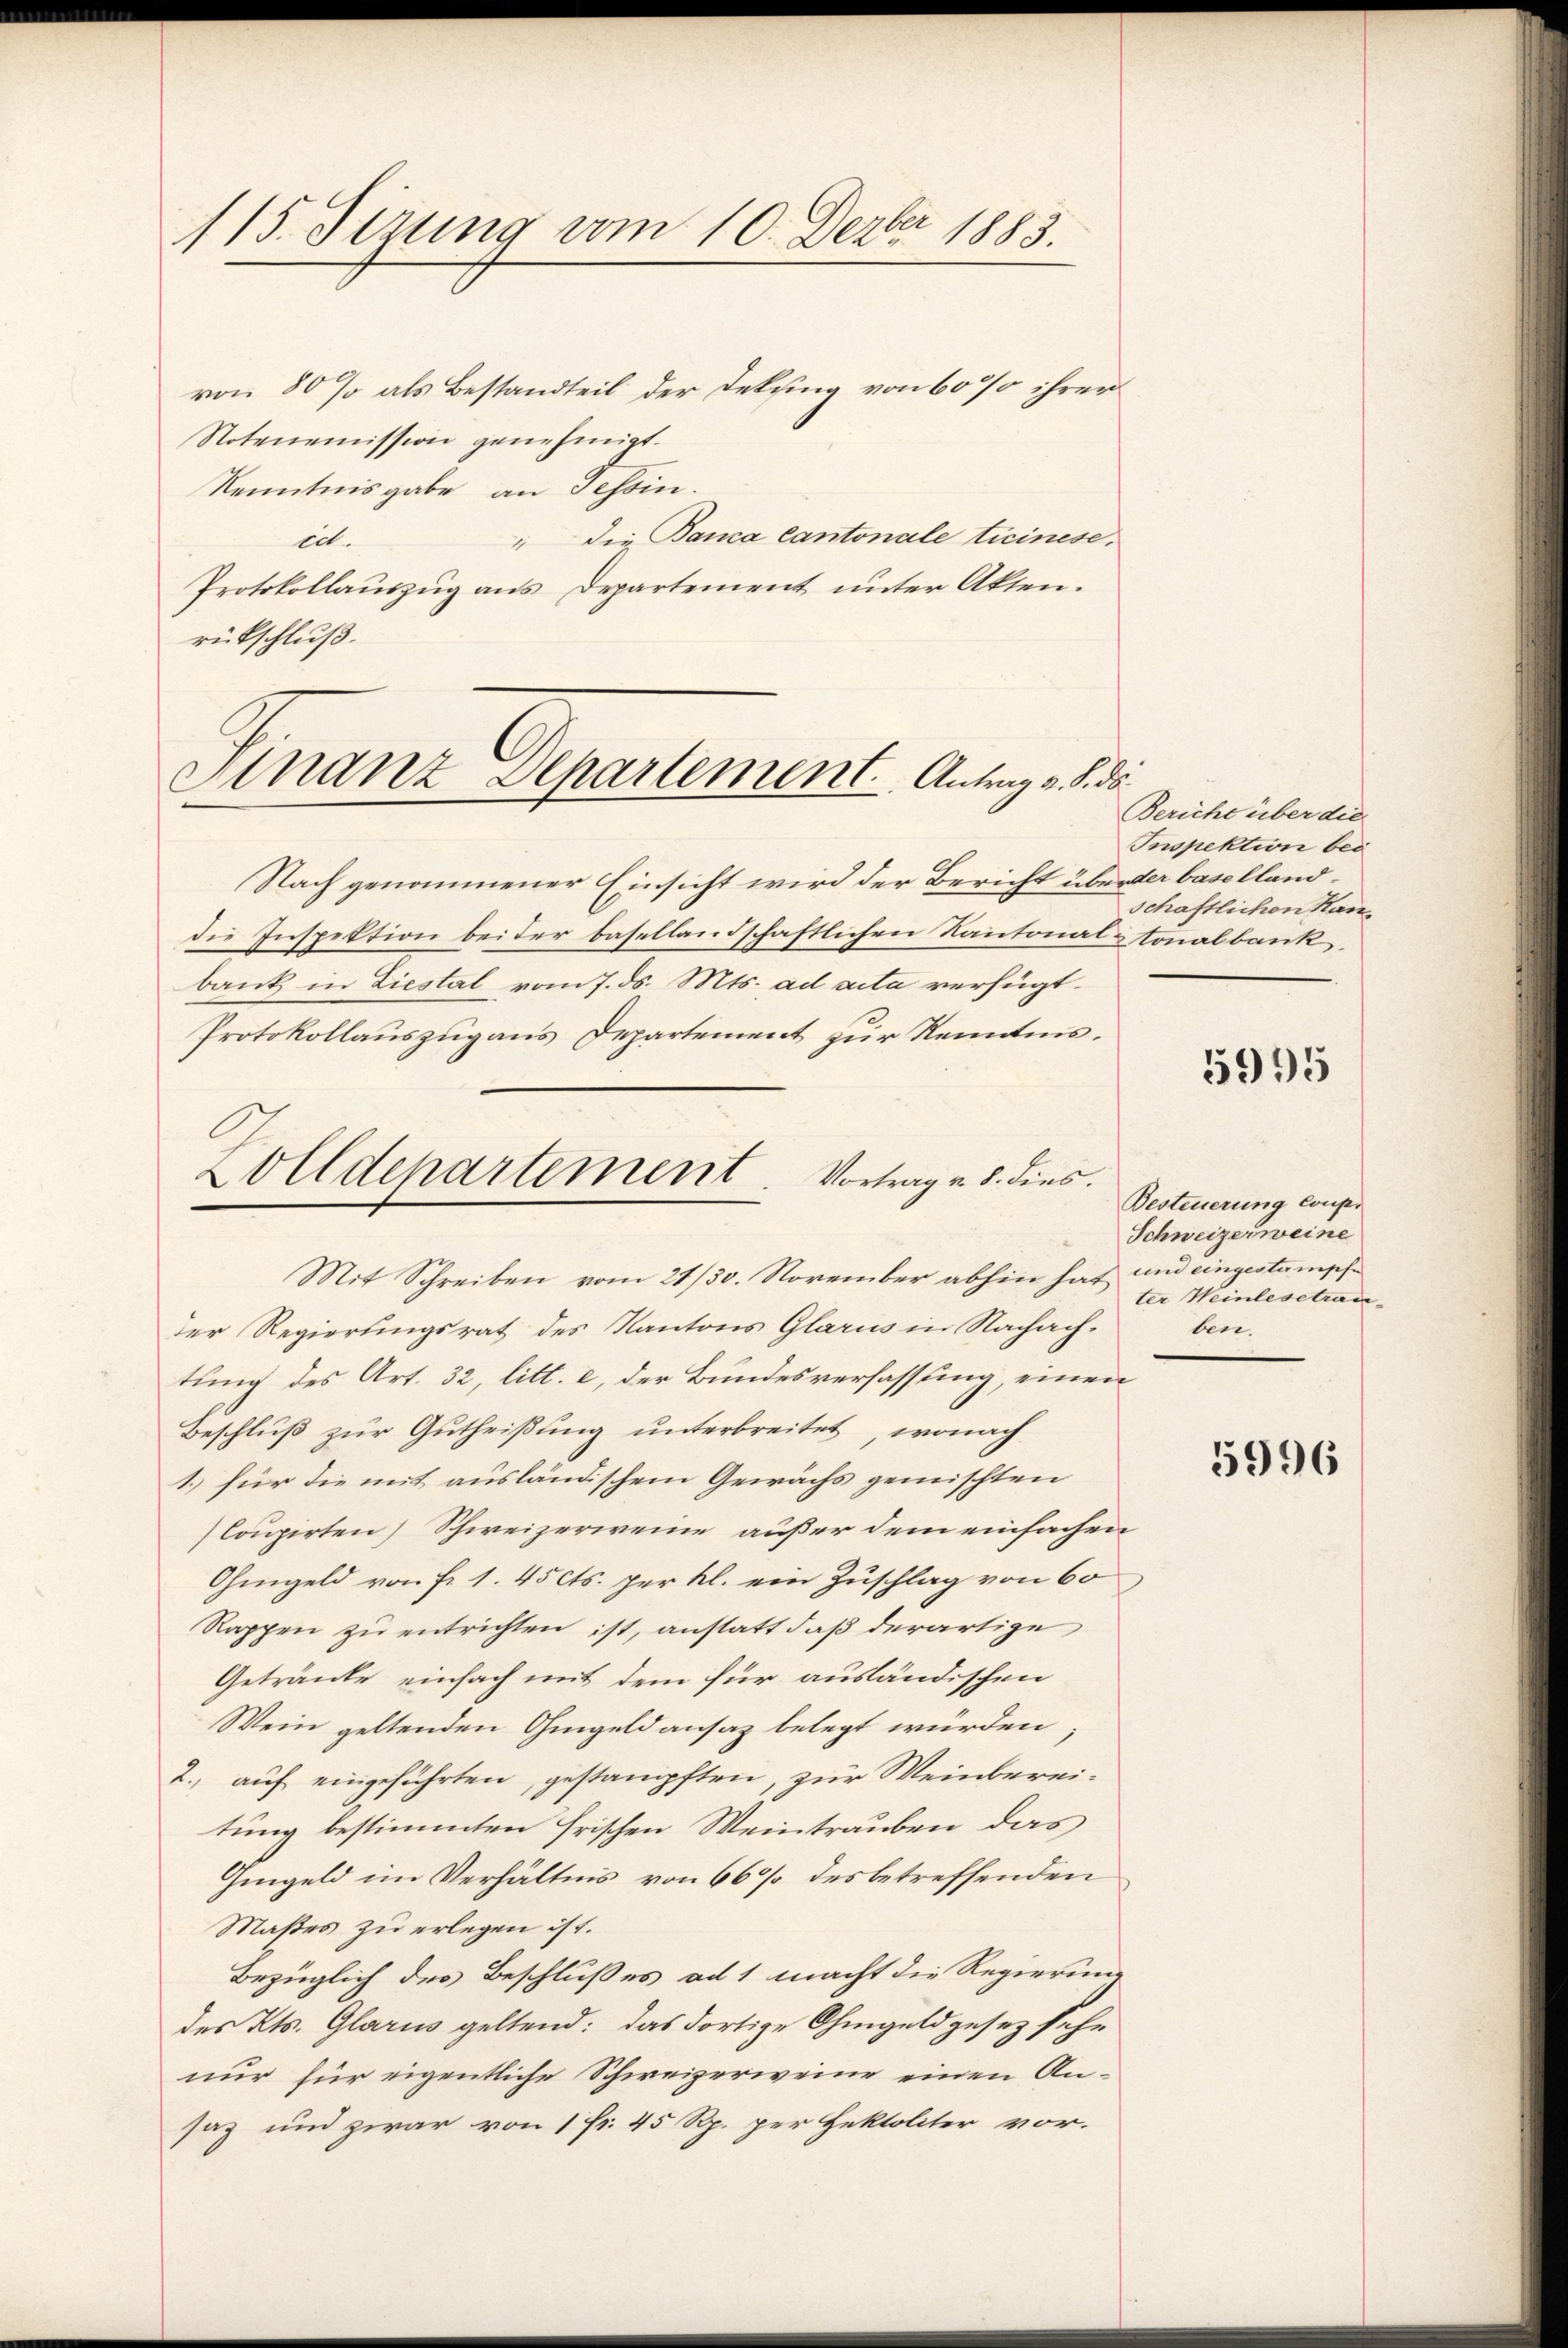
115. Sizung vom 10. Dezbr 1883.

von 80 % als Bestandteil der Dekung von 60% ihrer
Notenemission genehmigt.
Kenntnisgabe an Tessin.
die Banca Cantonale Ticinese.
1
cit.
Protokollauszug aus Departement unter Akten.
rückschluß.

Gnanz Departement.   Antrag v. 8. ds

Nach genommener Einsicht wird der Bericht überder basellanddie Inspektion beider basellandschaftlichen Kantonal & tonalbank,
bank in Liestal vom 7. ds. Mts. ad acta verfügt:
Protokollauszug aus Departement zur Kenntnis.
Mit Schreiben vom 21/30. November abhin hat und eingestampfder Regierungsrat des Kantons Glarus in Nachach-
tung des Art. 32, litt. e, der Bundesverfassung, einen
Beschluß zur Gutheißung unterbreitet, wonach
1.) für die mit ausländischem Gewächs gemischten
Coupirten Schweizerweine außer dem einfachen
Ohmgeld von Fr. 1. 45 cts. per kl. ein Zuschlag von 60
Rappen zu entrichten ist, anstatt daß derartige
Getränke einfach mit dem für ausländischen
Wein geltenden Ohmgeldansaz belegt würden;
2., auf eingeführten, gestampften, zur Weinbereitung bestimmten Frischen Weintrauben das
Gingeld im Verhältnis von 66 % des betreffenden
Maßes zu erlegen ist.
Bezüglich des Beschlußes ad 1 macht die Regierung
des Kts. Glarus geltend: das dortige Ohmgeldgesez sehe
nur für eigentliche Schweizerweine einen Ansaz und zwar von 1 fr. 45 Rp. per Hektoliter vor.

Zolldepartement. Vortrag v. 8. dies.

Bericht über die
Inspektion bei
schaftlichen Kan¬

5995

Besteuerung coupe
Schweizerweine
ter Weinlese tranben.

5996